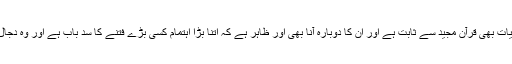
ان کی حیات بھی قرآن مجید سے ثابت ہے اور ان کا دوبارہ آنا بھی اور ظاہر ہے کہ اتنا بڑا اہتمام کسی بڑے فتنے کا سد باب ہے اور وہ دجال ہی ہے۔